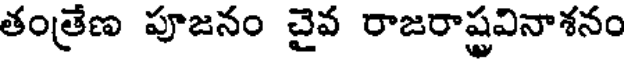
తంత్రేణ పూజనం చైవ రాజరాష్ట్రవినాశనం